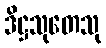
ဒိဋ္ဌသုတေသု